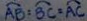
\widehat { A B } : \widehat { B C } : \widehat { A C }